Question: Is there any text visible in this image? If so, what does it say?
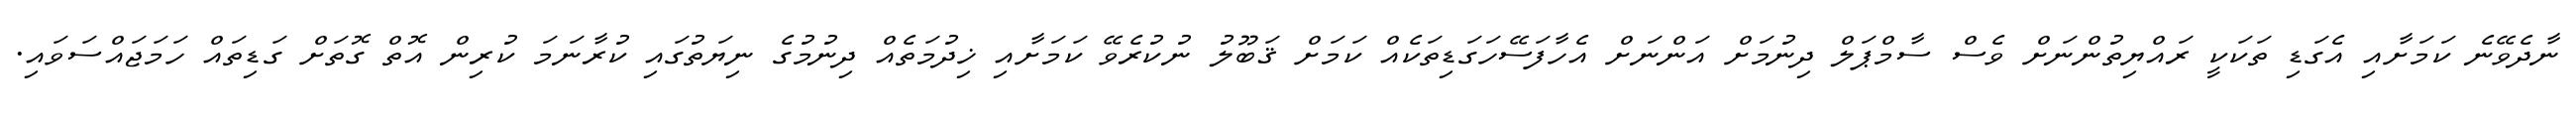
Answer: ނާދެވޭނެ ކަމަށާއި އެގަޑި ތަކަކީ ރައްޔިތުންނަށް ވެސް ސާމްޕަލް ދިނުމަށް އަންނަށް އެހާފަސޭހަގަޑިތަކެއް ކަމަށް ޤަބޫލު ނުކުރެވޭ ކަމަށާއި ޚިދުމަތެއް ދިނުމުގެ ނިޔަތުގައި ކުރާނަމަ ކުރިން އޮތް ގޮތަށް ގަޑިތައް ހަމަޖައްސަވައި.